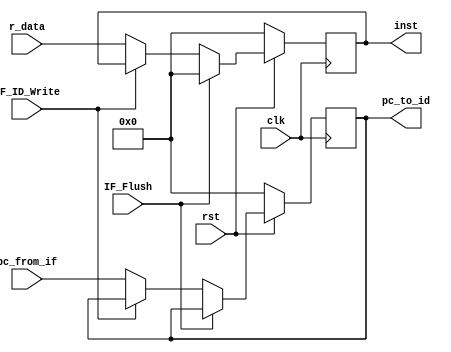
`timescale 1ns / 1ps
//////////////////////////////////////////////////////////////////////////////////
// Company: 
// Engineer: 
// 
// Design Name: 
// Module Name: IF_ID
// Project Name: 
// Target Devices: 
// Tool Versions: 
// Description: 
// 
// Dependencies: 
// 
// Revision:
// Revision 0.01 - File Created
// Additional Comments:
// 
//////////////////////////////////////////////////////////////////////////////////


(* keep_hierarchy = "yes" *) module IF_ID(clk, rst, IF_ID_Write, IF_Flush, pc_from_if, r_data, pc_to_id, inst);
    input clk, rst, IF_ID_Write, IF_Flush;
    input [31:0] pc_from_if, r_data;
    output reg [31:0] pc_to_id, inst;

    
    always @(posedge clk) begin
        if(rst == 1'b0) begin
            pc_to_id <= 32'b0;
            inst <= 32'b0;
        end else if(IF_Flush == 1'b1) begin
            inst <= 32'b0;
        end else begin
            if(IF_ID_Write == 1'b0) begin
                pc_to_id <= pc_from_if;
                inst <= r_data;
            end 
        end
	end
	
endmodule